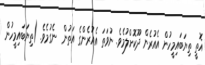
އޮތީ ތިޔަބައިމީހުން އެއުރެން ދޫކޮށްލުމެވެ. ނުވަތަ އެއުރެންގެ އަތުން  ނެގުމެވެ. (ތިޔަބައިމީހުން